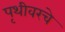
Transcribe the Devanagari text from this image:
पृथीवरचे